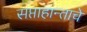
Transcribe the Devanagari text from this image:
सप्ताहान्ताचे